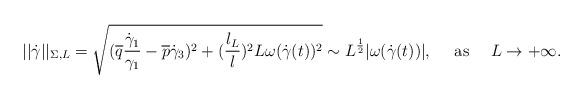
LaTeX: \begin{align*}||\dot{\gamma}||_{\Sigma,L}=\sqrt{(\overline{q}\frac{\dot{\gamma}_1}{\gamma_1}-\overline{p}\dot{\gamma}_3)^2+(\frac{l_L}{l})^2L\omega(\dot{\gamma}(t))^2}\sim L^{\frac{1}{2}}|\omega(\dot{\gamma}(t))|,~~~~ {\rm as} ~~~~L\rightarrow +\infty.\end{align*}